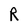
Character: R